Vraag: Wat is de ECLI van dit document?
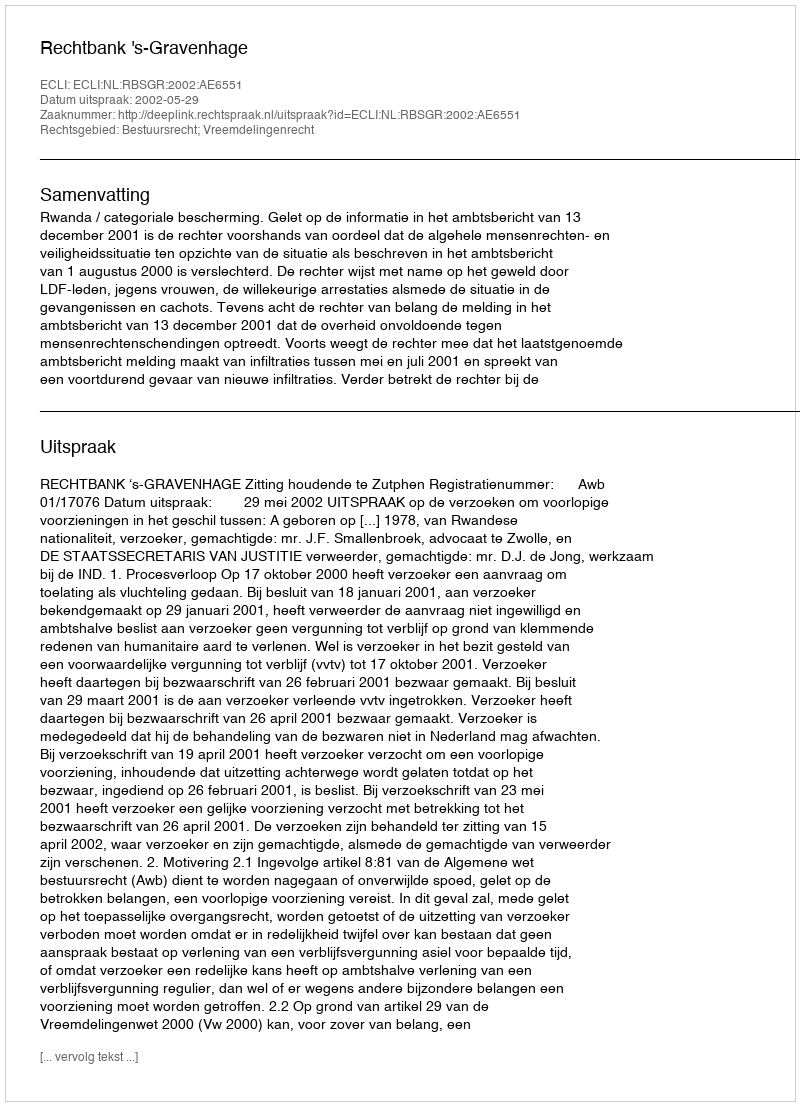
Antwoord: ECLI:NL:RBSGR:2002:AE6551